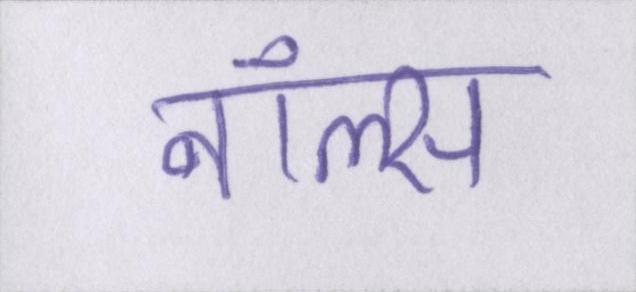
नॉल्स